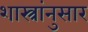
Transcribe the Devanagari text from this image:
शास्त्रांनुसार